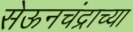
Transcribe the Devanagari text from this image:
सेऊनचंद्राच्या